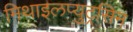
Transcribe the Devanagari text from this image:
मिथाइलप्युट्रसिन